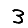
Digit: 3